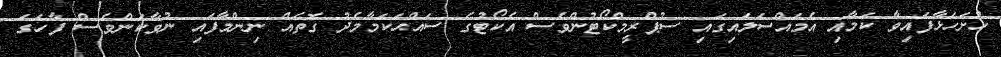
ހުށަހަޅާފައިވާ ކަމާއި އެމައްސަލައިގައި ސުޕްރީމްކޯޓުންވެސް އެކޯޓުގެ ސައްޙަކަމާމެދު ގޮތެއް ނިންމާފައި ނުވާކަންވެސް ފާހަގަ